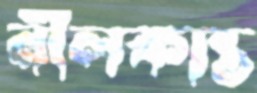
নীলকান্ত